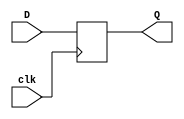
module DTigger
    #(
         parameter N = 8
     )
     (
         input clk,
         input [N-1:0] D,
         output reg [N-1:0] Q
     );
     reg [N-1:0] T;
    always @(posedge clk) begin
        T=D;
        Q=T;
    end

endmodule